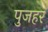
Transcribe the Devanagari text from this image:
पुजहर